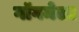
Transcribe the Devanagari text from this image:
गॉगमेला